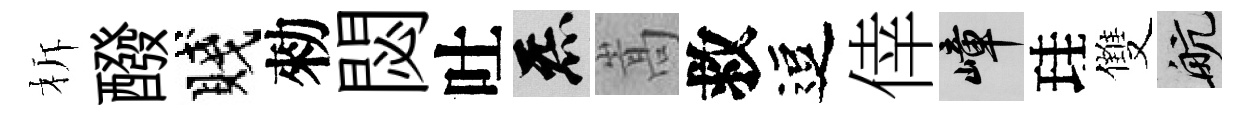
柝醱賤勑閟吐炁嵩救逗倖嶂珪雙航